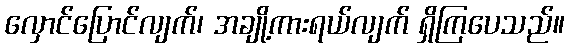
လှောင်ပြောင်လျက်၊ အချို့ကားရယ်လျက် ရှိကြပေသည်။